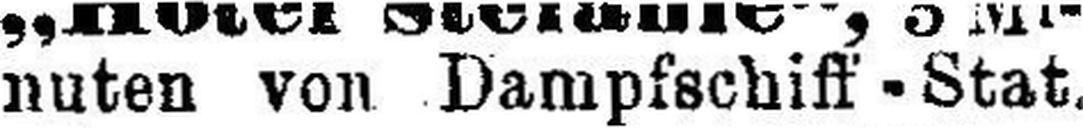
nuten von Dampfschiff-Stat.